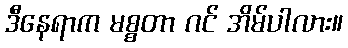
ဒီနေရာက မစ္စတာ ဂင် အိမ်ပါလား။